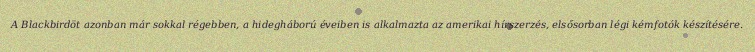
A Blackbirdöt azonban már sokkal régebben, a hidegháború éveiben is alkalmazta az amerikai hírszerzés, elsősorban légi kémfotók készítésére.